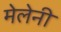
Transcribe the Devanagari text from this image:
मेलेनी